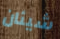
شيئان